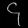
Digit: ၄